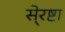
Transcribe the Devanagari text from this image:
से्रष्टा